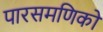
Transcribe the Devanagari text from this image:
पारसमणिको